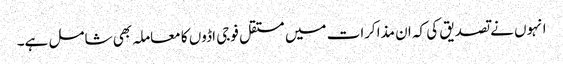
انہوں نے تصدیق کی کہ ان مذاکرات میں مستقل فوجی اڈوں کا معاملہ بھی شامل ہے۔